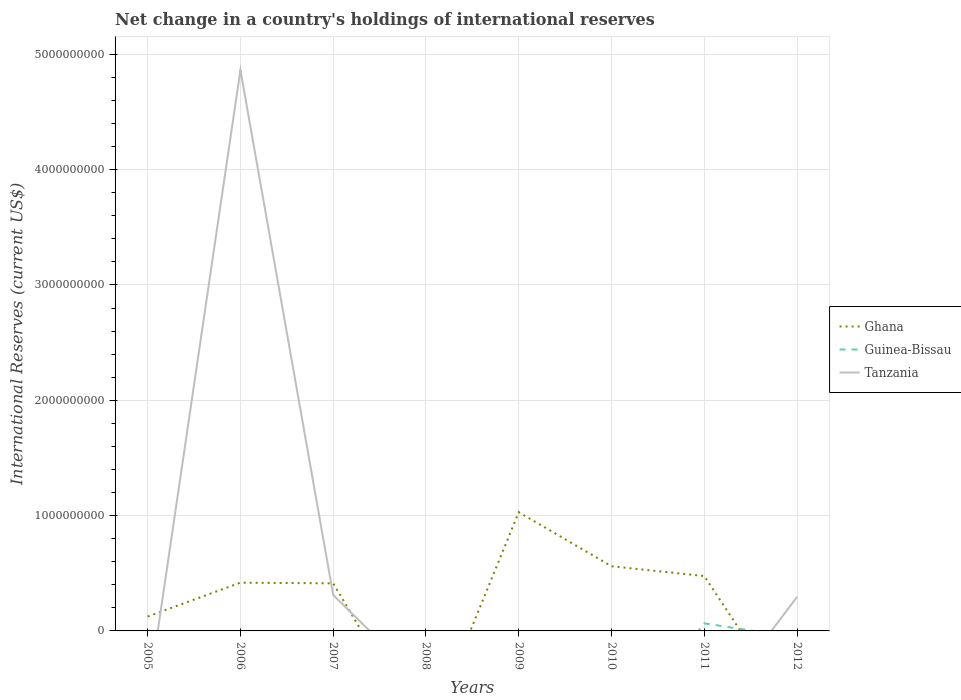
| Years | Ghana | Guinea-Bissau | Tanzania |
 | --- | --- | --- | --- |
 | 2005 | 1.25e+08 | -2.28e+07 | -5.95e+08 |
 | 2006 | 4.18e+08 | -5.57e+07 | 4.86e+09 |
 | 2007 | 4.12e+08 | -4.85e+07 | 3.12e+08 |
 | 2008 | -9.41e+08 | -1.24e+08 | -4.8e+08 |
 | 2009 | 1.03e+09 | -4.32e+07 | -2.86e+08 |
 | 2010 | 5.61e+08 | -9.46e+08 | -4.49e+08 |
 | 2011 | 4.76e+08 | 6.54e+07 | -7.7e+08 |
 | 2012 | -7.45e+08 | -5.78e+07 | 2.95e+08 |